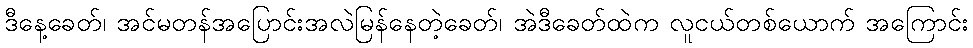
ဒီနေ့ခေတ်၊ အင်မတန်အပြောင်းအလဲမြန်နေတဲ့ခေတ်၊ အဲဒီခေတ်ထဲက လူငယ်တစ်ယောက် အကြောင်း